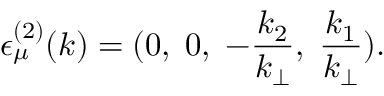
{ \epsilon } _ { \mu } ^ { ( 2 ) } ( k ) = ( 0 , \; 0 , \; - \frac { k _ { 2 } } { k _ { \bot } } , \; \frac { k _ { 1 } } { k _ { \bot } } ) .